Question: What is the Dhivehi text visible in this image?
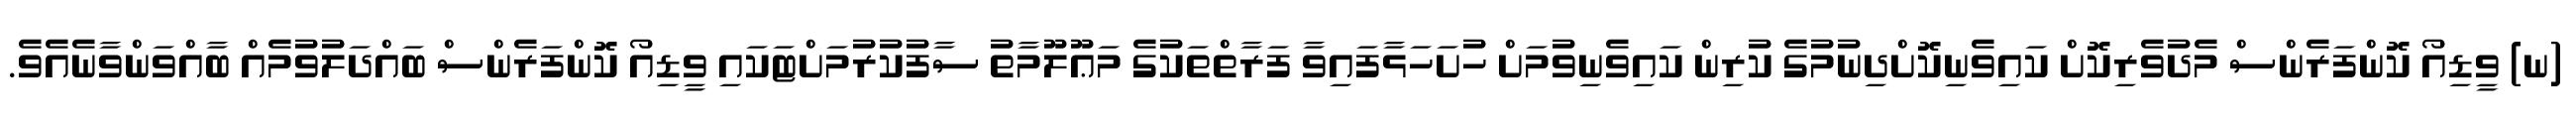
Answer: (ނ) ވީޑިއޯ ކޮންފަރެންސް މެދުވެރިކޮށް ކައިވެނިކޮށްދިނުމުގެ ކުރިން ކައިވެނިވުމަށް ހުށަހަޅާފައިވާ ފަރާތްތަކުގެ މަޢޫލޫމާތު ސާފުކުރުމަށްޓަކައި ވީޑިއޯ ކޮންފަރެންސް ބައްދަލުވުމެއް ބާއްވަންވާނެއެވެ.